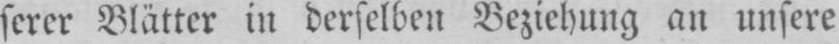
serer Blätter in derselben Beziehung an unsere